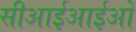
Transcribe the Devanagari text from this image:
सीआईआईओ